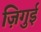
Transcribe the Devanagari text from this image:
ज़िगुई